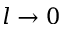
l \to 0